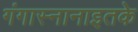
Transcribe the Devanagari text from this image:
गंगास्नानाइतके